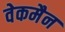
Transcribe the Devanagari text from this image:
वेकमैन